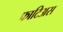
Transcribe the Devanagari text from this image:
फाटिअस